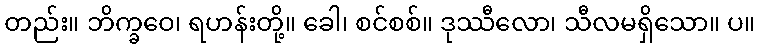
တည်း။ ဘိက္ခဝေ၊ ရဟန်းတို့။ ခေါ၊ စင်စစ်။ ဒုဿီလော၊ သီလမရှိသော။ ပ။